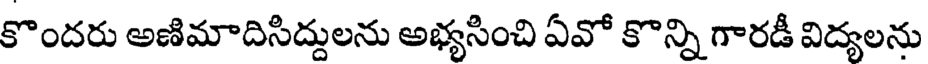
కొందరు అణిమాదిసిద్దులను అభ్యసించి ఏవో కొన్ని గారడీ విద్యలను